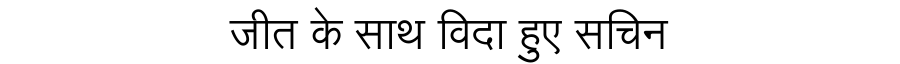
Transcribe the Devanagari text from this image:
जीत के साथ विदा हुए सचिन